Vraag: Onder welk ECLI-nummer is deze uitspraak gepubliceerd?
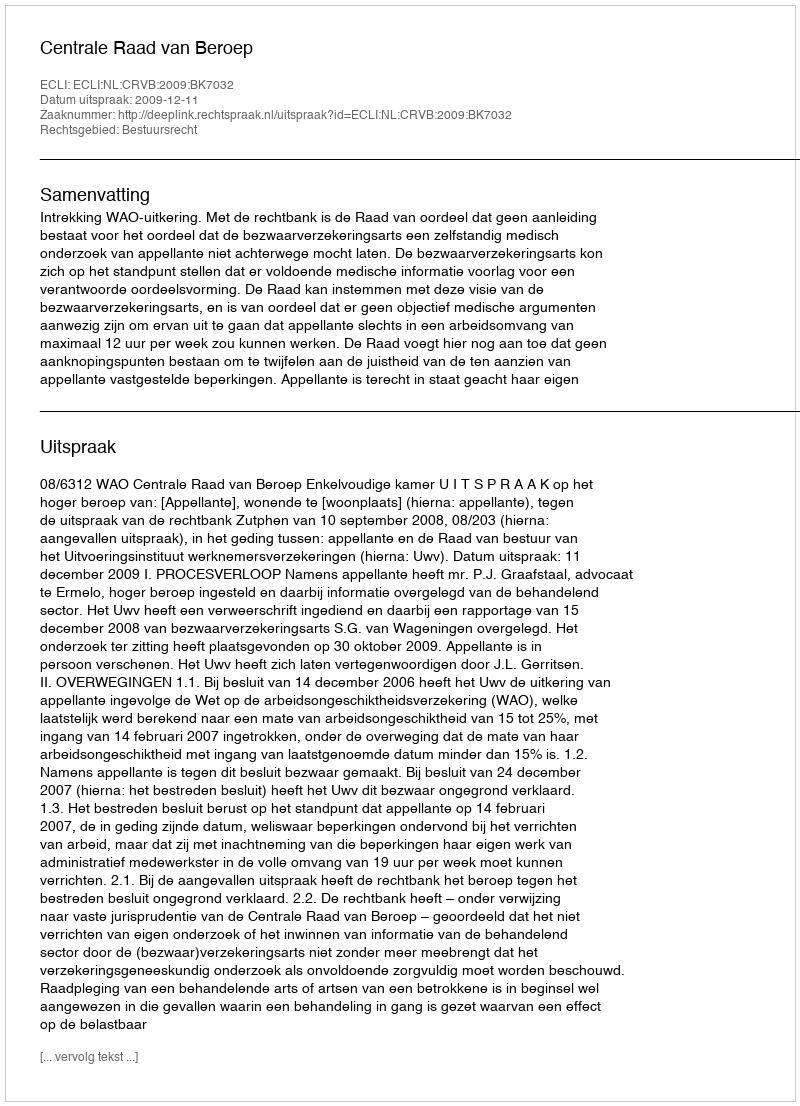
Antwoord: ECLI:NL:CRVB:2009:BK7032